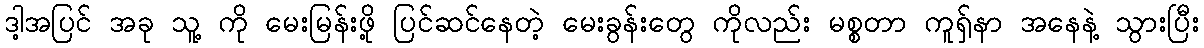
ဒါ့အပြင် အခု သူ့ ကို မေးမြန်းဖို့ ပြင်ဆင်နေတဲ့ မေးခွန်းတွေ ကိုလည်း မစ္စတာ ကူရှ်နာ အနေနဲ့ သွားပြီး